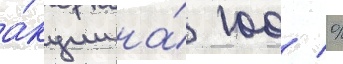
а́кции на́ 100 %